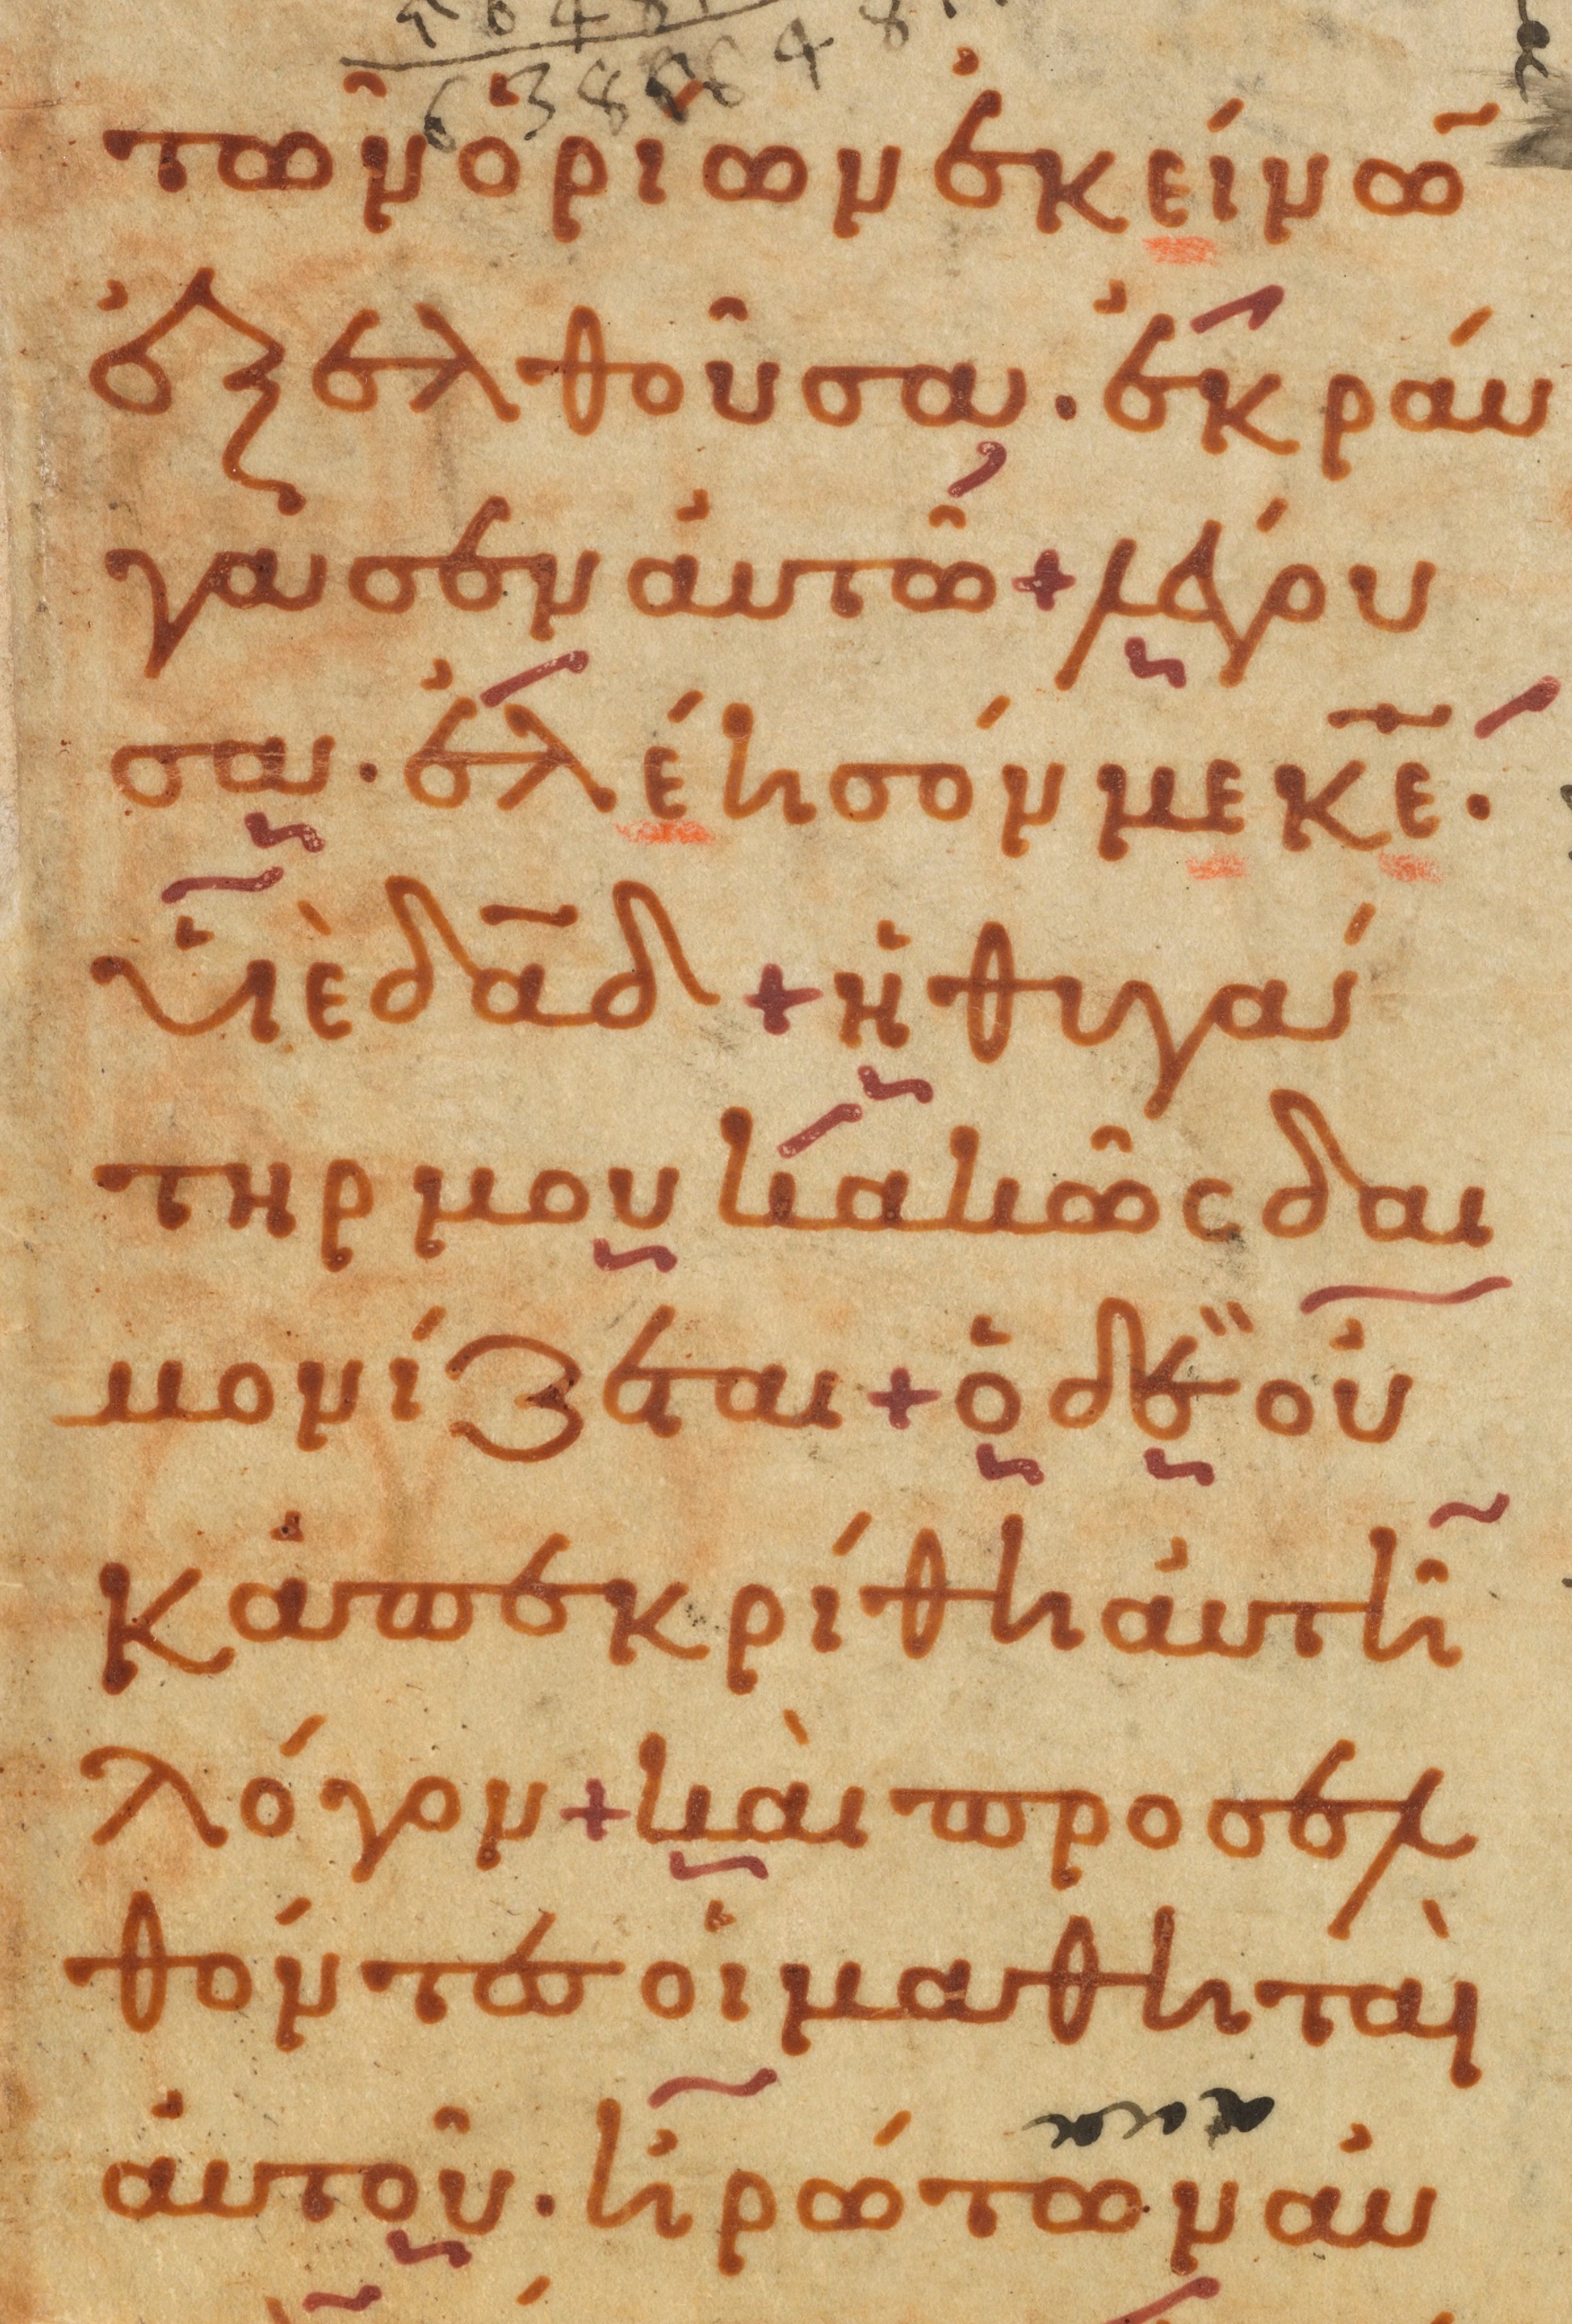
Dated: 1000–1099